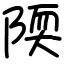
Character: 陾